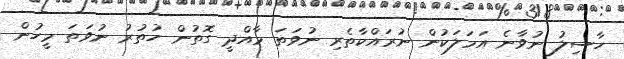
ހާސިލު ނުވާނެ އަމަލަކުން ނުރައްކާތެރި ނުވަތަ މާއްދީ ގޮތުން ހުތުރު ނުވަތަ މީހުން